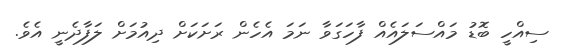
ސިއްހީ ބޮޑު މައްސަލައެއް ފާހަގަވާ ނަމަ އެހެން ރަށަކަށް ދިއުމަށް ލަފާދެނީ އެވެ.